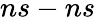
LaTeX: ns-ns